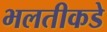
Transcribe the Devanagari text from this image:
भलतीकडे